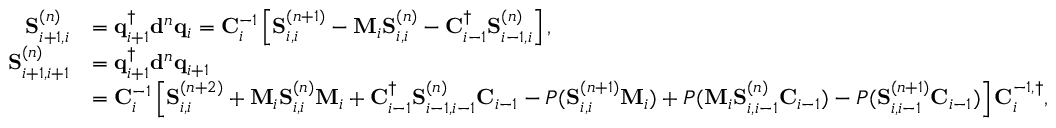
\begin{array} { r l } { \mathbf { S } _ { i + 1 , i } ^ { ( n ) } } & { = \mathbf { q } _ { i + 1 } ^ { \dagger } \mathbf { d } ^ { n } \mathbf { q } _ { i } = \mathbf { C } _ { i } ^ { - 1 } \left[ \mathbf { S } _ { i , i } ^ { ( n + 1 ) } - \mathbf { M } _ { i } \mathbf { S } _ { i , i } ^ { ( n ) } - \mathbf { C } _ { i - 1 } ^ { \dagger } \mathbf { S } _ { i - 1 , i } ^ { ( n ) } \right] , } \\ { \mathbf { S } _ { i + 1 , i + 1 } ^ { ( n ) } } & { = \mathbf { q } _ { i + 1 } ^ { \dagger } \mathbf { d } ^ { n } \mathbf { q } _ { i + 1 } } \\ & { = \mathbf { C } _ { i } ^ { - 1 } \left[ \mathbf { S } _ { i , i } ^ { ( n + 2 ) } + \mathbf { M } _ { i } \mathbf { S } _ { i , i } ^ { ( n ) } \mathbf { M } _ { i } + \mathbf { C } _ { i - 1 } ^ { \dagger } \mathbf { S } _ { i - 1 , i - 1 } ^ { ( n ) } \mathbf { C } _ { i - 1 } - P ( \mathbf { S } _ { i , i } ^ { ( n + 1 ) } \mathbf { M } _ { i } ) + P ( \mathbf { M } _ { i } \mathbf { S } _ { i , i - 1 } ^ { ( n ) } \mathbf { C } _ { i - 1 } ) - P ( \mathbf { S } _ { i , i - 1 } ^ { ( n + 1 ) } \mathbf { C } _ { i - 1 } ) \right] \mathbf { C } _ { i } ^ { - 1 , \dagger } , } \end{array}